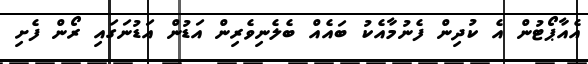
އެއާޕޯޓުން އެ ކުދިން ފެނުމާއެކު ބައެއް ބެލެނިވެރިން އަޑުން އަޑުނަގައި ރޯން ފެށި